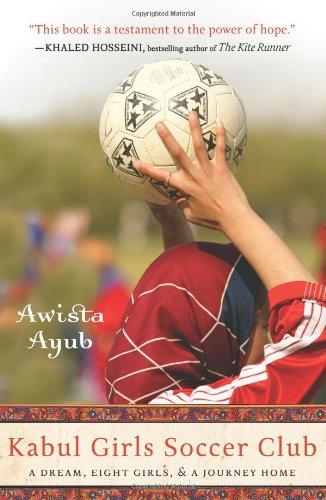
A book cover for Kabul Girls Soccer Club: A Dream, Eight Girls, and a Journey Home; Awista Ayub; Sports & Outdoors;